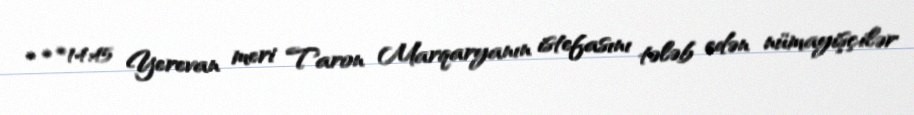
* * *14:45 Yerevan meri Taron Marqaryanın istefasını tələb edən nümayişçilər